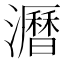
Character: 𤃝